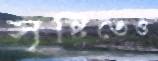
সৃষ্টিতেও